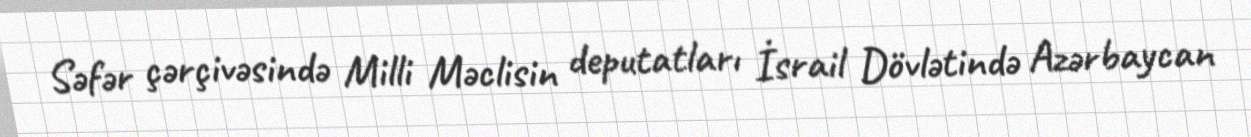
Səfər çərçivəsində Milli Məclisin deputatları İsrail Dövlətində Azərbaycan